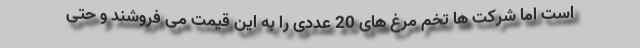
است اما شرکت ها تخم مرغ های 20 عددی را به این قیمت می فروشند و حتی